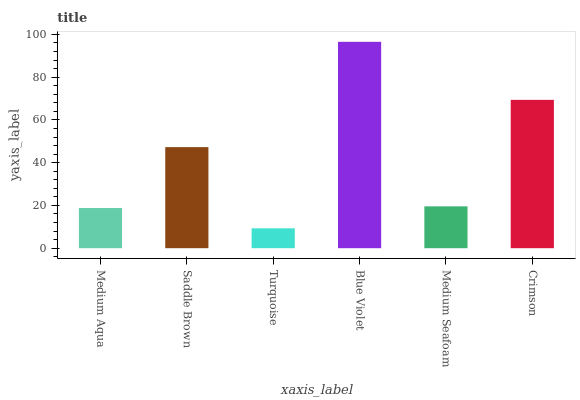
| xaxis_label | bars |
 | --- | --- |
 | Medium Aqua | 18.8 |
 | Saddle Brown | 47.3 |
 | Turquoise | 9.3 |
 | Blue Violet | 96.5 |
 | Medium Seafoam | 19.6 |
 | Crimson | 69.4 |